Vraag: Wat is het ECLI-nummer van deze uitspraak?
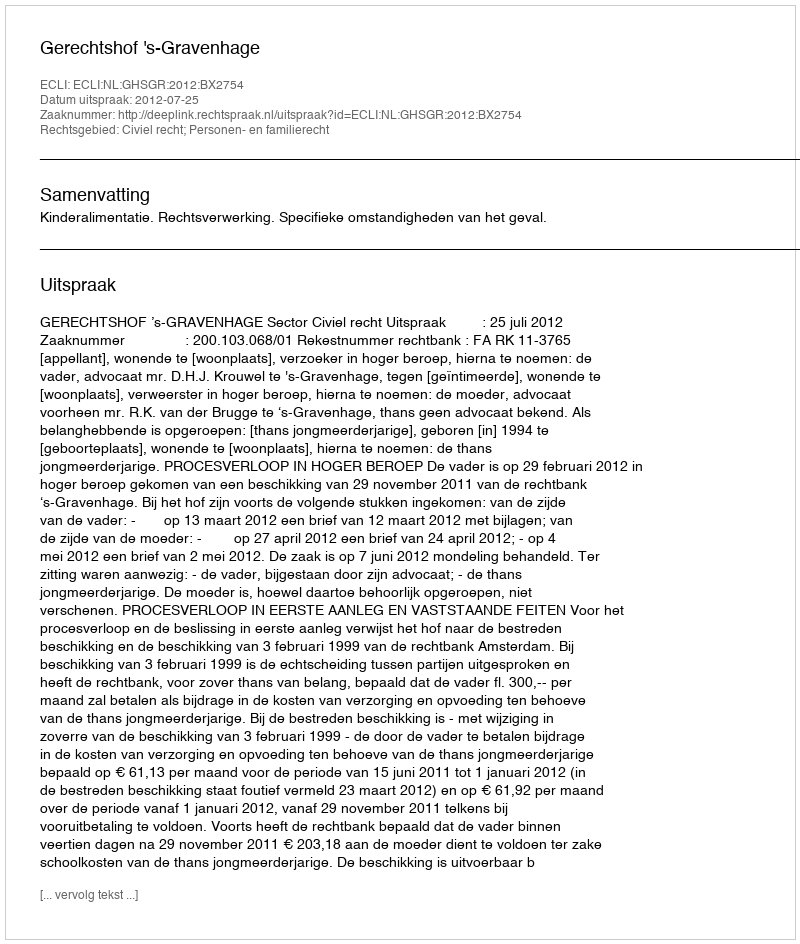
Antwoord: ECLI:NL:GHSGR:2012:BX2754